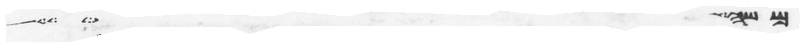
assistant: משה האיש